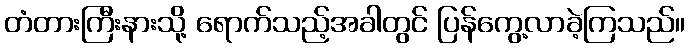
တံတားကြီးနားသို့ ရောက်သည့်အခါတွင် ပြန်ကွေ့လာခဲ့ကြသည်။